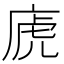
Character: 𢈶